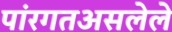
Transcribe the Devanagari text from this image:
पांरगतअसलेले